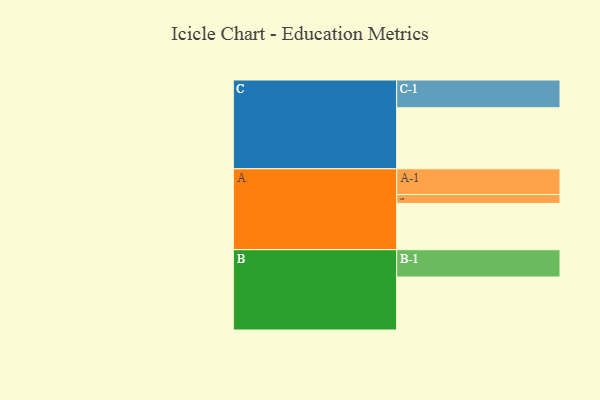
{"axis": {"x": "Segment", "y": "Value"}, "legend": ["", "A", "B", "C"], "data": [{"x": "A", "y": 420, "type": ""}, {"x": "B", "y": 481, "type": ""}, {"x": "C", "y": 554, "type": ""}, {"x": "A-1", "y": 234, "type": "A"}, {"x": "A-2", "y": 80, "type": "A"}, {"x": "B-1", "y": 248, "type": "B"}, {"x": "C-1", "y": 252, "type": "C"}]}